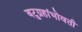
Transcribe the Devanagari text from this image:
बटुग्रहांभोवती